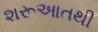
શરૂઆતથી